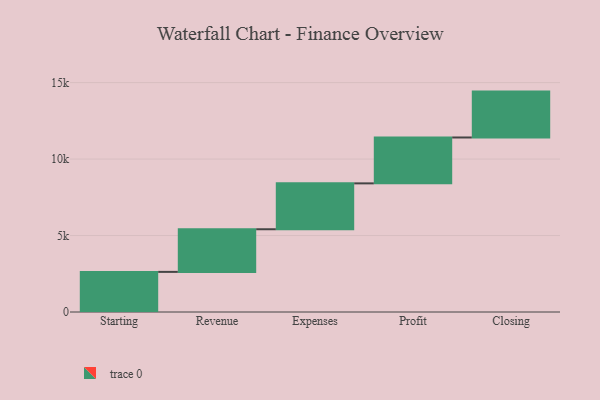
{"axis": {"x": "Step", "y": "Value"}, "legend": [""], "data": [{"x": "Starting", "y": 2623.0, "type": ""}, {"x": "Revenue", "y": 2787.0, "type": ""}, {"x": "Expenses", "y": 3000, "type": ""}, {"x": "Profit", "y": 3000, "type": ""}, {"x": "Closing", "y": 3000, "type": ""}]}